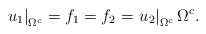
LaTeX: \begin{align*}\left. u_1\right|_{\Omega^c} = f_1 = f_2 = \left. u_2\right|_{\Omega^c}\Omega^c.\end{align*}